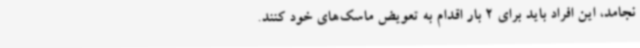
نجامد، این افراد باید برای 2 بار اقدام به تعویض ماسک‌های خود کنند.